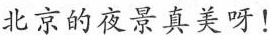
北京的夜景真美呀！